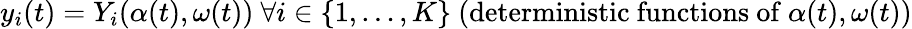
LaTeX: y_{i}(t)=Y_{i}(\alpha(t),\omega(t)){\mathrm{~}}\forall i\in\{ 1,\ldots,K\} {\mathrm{~(deterministic~functions~of~}}\alpha(t),\omega(t){\mathrm{)}}